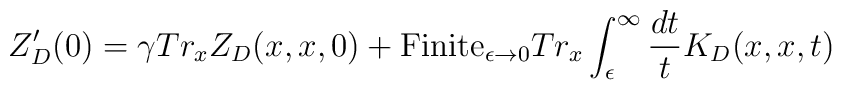
Z_D'(0) =\gamma Tr_x Z_D(x,x,0)+ \hbox{Finite}_{\epsilon\to 0} Tr_x\int_{\epsilon}^{\infty} {{dt}\over t}  K_D(x,x,t)